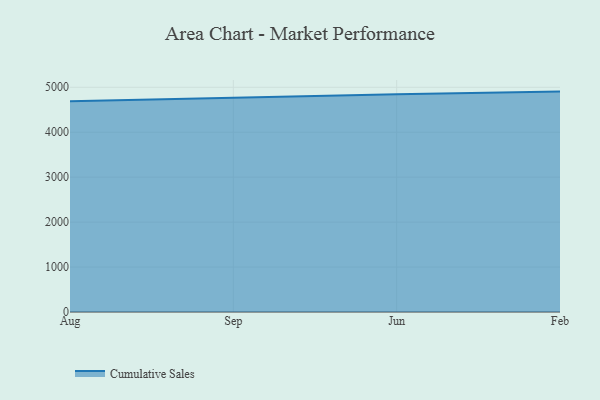
{"axis": {"x": "Month", "y": "Backlog"}, "legend": ["Cumulative Sales"], "data": [{"x": "Aug", "y": 4690.1, "type": "Cumulative Sales"}, {"x": "Sep", "y": 4766.5, "type": "Cumulative Sales"}, {"x": "Jun", "y": 4847.4, "type": "Cumulative Sales"}, {"x": "Feb", "y": 4903.7, "type": "Cumulative Sales"}]}